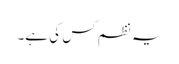
یہ نظم کس کی ہے۔